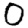
Digit: 0